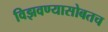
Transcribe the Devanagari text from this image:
विझवण्यासोबतच